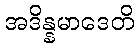
အဒိန္နမာဒေတိ